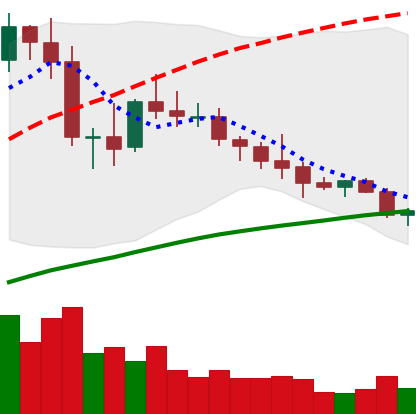
Ticker: NEO-USD
Chart end date: 2020-10-07
Forward return: 7.613%
Label: up_7plus